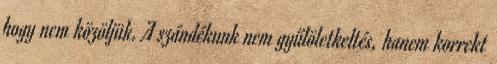
hogy nem közöljük. A szándékunk nem gyűlöletkeltés, hanem korrekt